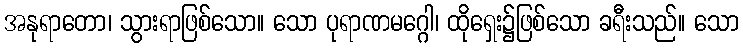
အနုရာတော၊ သွားရာဖြစ်သော။ သော ပုရာဏမဂ္ဂေါ၊ ထိုရှေး၌ဖြစ်သော ခရီးသည်။ သော